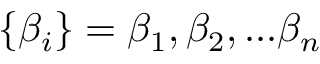
\{ \beta _ { i } \} = \beta _ { 1 } , \beta _ { 2 } , . . . \beta _ { n }